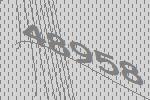
48958